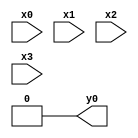
module top( x0 , x1 , x2 , x3 , y0 );
  input x0 , x1 , x2 , x3 ;
  output y0 ;
  assign y0 = 1'b0 ;
endmodule